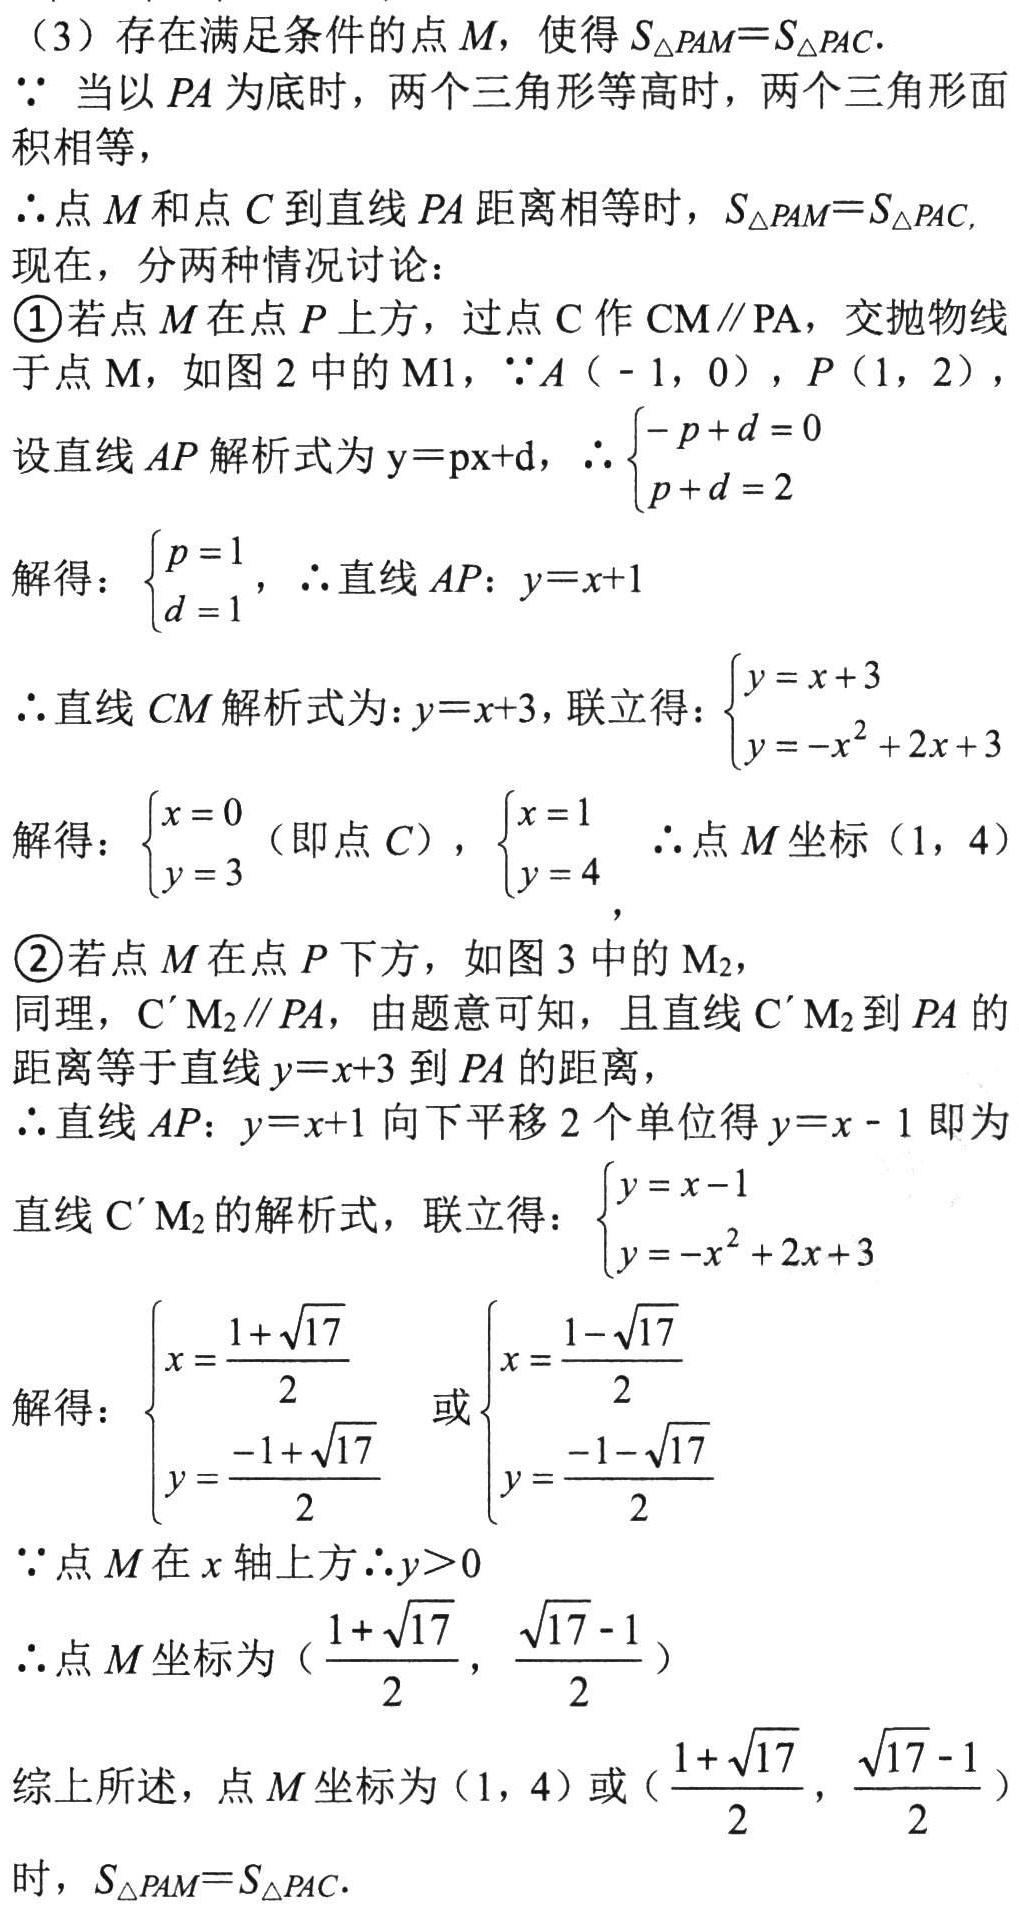
（3）存在满足条件的点\(M\)，使得\(S_{\triangle PAM}=S_{\triangle PAC}\)．
\(\because\)当以\(PA\)为底时，两个三角形等高时，两个三角形面积相等，
\(\therefore\)点\(M\)和点\(C\)到直线\(PA\)距离相等时，\(S_{\triangle PAM}=S_{\triangle PAC}\)．
现在，分两种情况讨论：
\textcircled{1}若点\(M\)在点\(P\)上方，过点\(C\)作\(CM\parallel PA\)，交抛物线于点\(M\)，如图2中的\(M_1\)，\(\because A(-1,0)\)，\(P(1,2)\)，
设直线\(AP\)解析式为\(y = px + d\)，\(\therefore\begin{cases}-p + d = 0\\p + d = 2\end{cases}\)
解得：\(\begin{cases}p = 1\\d = 1\end{cases}\)，\(\therefore\)直线\(AP\)：\(y = x + 1\)
\(\therefore\)直线\(CM\)解析式为：\(y = x + 3\)，联立得：\(\begin{cases}y = x + 3\\y = -x^{2}+2x + 3\end{cases}\)
解得：\(\begin{cases}x = 0\\y = 3\end{cases}\)（即点\(C\)），\(\begin{cases}x = 1\\y = 4\end{cases}\)  \(\therefore\)点\(M\)坐标\((1,4)\)
\textcircled{2}若点\(M\)在点\(P\)下方，如图3中的\(M_2\)，
同理，\(C'M_2\parallel PA\)，由题意可知，且直线\(C'M_2\)到\(PA\)的距离等于直线\(y = x + 3\)到\(PA\)的距离，
\(\therefore\)直线\(AP\)：\(y = x + 1\)向下平移\(2\)个单位得\(y = x - 1\)即为直线\(C'M_2\)的解析式，联立得：\(\begin{cases}y = x - 1\\y = -x^{2}+2x + 3\end{cases}\)
解得：\(\begin{cases}x=\dfrac{1 + \sqrt{17}}{2}\\y=\dfrac{-1 + \sqrt{17}}{2}\end{cases}\)或\(\begin{cases}x=\dfrac{1 - \sqrt{17}}{2}\\y=\dfrac{-1 - \sqrt{17}}{2}\end{cases}\)
\(\because\)点\(M\)在\(x\)轴上方\(\therefore y>0\)
\(\therefore\)点\(M\)坐标为\((\dfrac{1 + \sqrt{17}}{2},\dfrac{\sqrt{17} - 1}{2})\)
综上所述，点\(M\)坐标为\((1,4)\)或\((\dfrac{1 + \sqrt{17}}{2},\dfrac{\sqrt{17} - 1}{2})\)时，\(S_{\triangle PAM}=S_{\triangle PAC}\)．